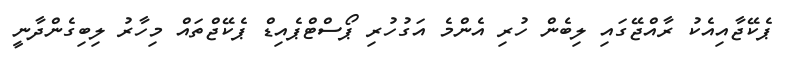
ޕެކޭޖާއިއެކު ރާއްޖޭގައި ލިބެން ހުރި އެންމެ އަގުހުރި ޕޯސްޓްޕެއިޑް ޕެކޭޖްތައް މިހާރު ލިބިގެންދާނީ